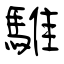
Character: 騅